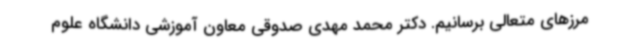
مرزهای متعالی برسانیم. دکتر محمد مهدی صدوقی معاون آموزشی دانشگاه علوم